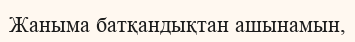
Жаныма батқандықтан ашынамын,